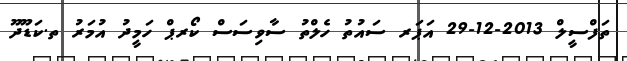
ތަފްސީލް 2013-12-29 އަޕަރ ސައުތު ހެލްތު ސާވިސަސް ކޯރޕް ހަމީދު އުމަރު ތ.ކަޑޫދޫ